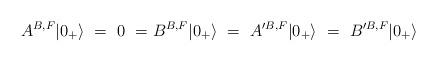
LaTeX: \begin{align*}A^{B,F}|0_+ \rangle~=~0~=B^{B,F} |0_+ \rangle ~=~A'^{B,F}|0_+ \rangle~=~B'^{B,F} |0_+ \rangle~\end{align*}